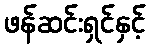
ဖန်ဆင်းရှင်နှင့်